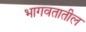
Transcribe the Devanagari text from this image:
भागवतातील